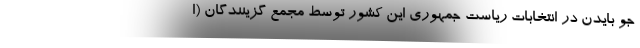
جو بایدن در انتخابات ریاست جمهوری این کشور توسط مجمع گزینندگان (ا